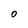
Character: O